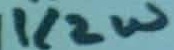
Text: 1/2W